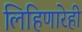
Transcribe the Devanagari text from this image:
लिहिणारेही